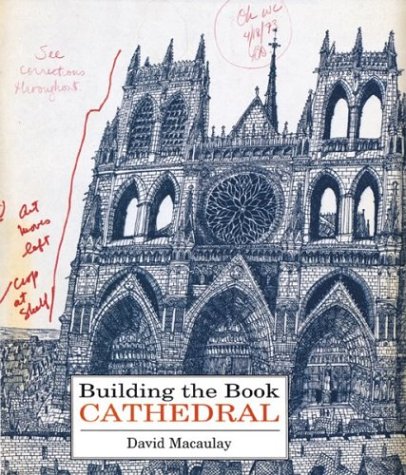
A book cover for Building the Book Cathedral; David Macaulay; Teen & Young Adult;